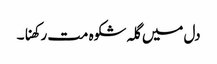
دل میں گلہ شکوہ مت رکھنا۔